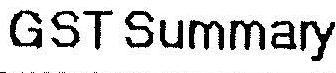
GST SUMMARY